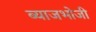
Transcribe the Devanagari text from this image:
ब्याजभोजी